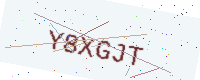
Text: Y8XGJT